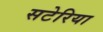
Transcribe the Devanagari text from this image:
सटेरिया